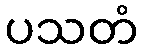
ပသတံ